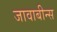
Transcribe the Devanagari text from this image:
जावाबीन्स